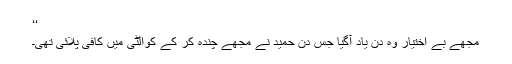
‘‘
مجھے بے اختیار وہ دن یاد آگیا جس دن حمید نے مجھے چندہ کر کے کوالٹی میں کافی پلائی تھی۔